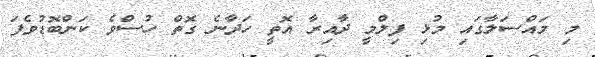
މި މައްސަލާގައި މުޅި ފިލްމީ ދާއިރާ އޮތީ ހަދާނެ ގޮތް ހުސްވެ ކަންބޮޑުވެފަ